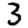
Digit: 3